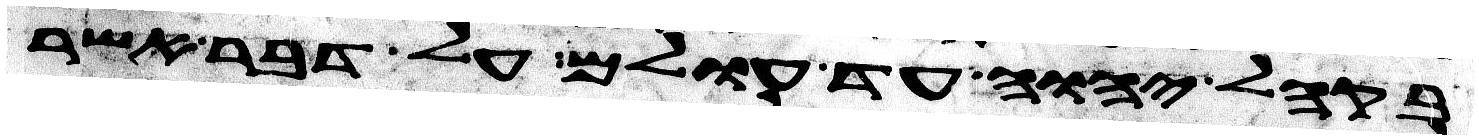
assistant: בקהל יהוה עד עולם על דבר אשר